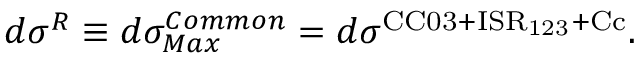
d \sigma ^ { R } \equiv d \sigma _ { M a x } ^ { C o m m o n } = d \sigma ^ { \mathrm { C C 0 3 + I S R _ { 1 2 3 } + C c } } .